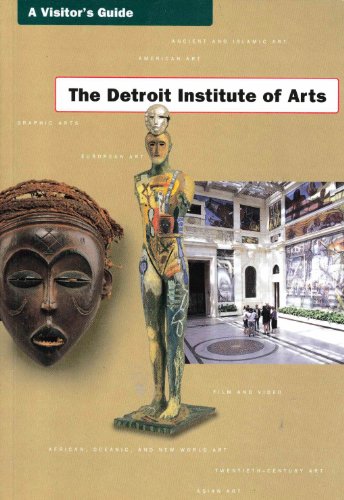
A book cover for The Detroit Institute of Arts: A Visitor's Guide; William H Peck; Travel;